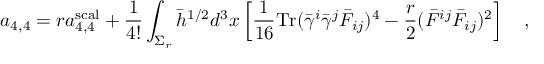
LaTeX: a _ { 4 , 4 } = r a _ { 4 , 4 } ^ { \mathrm { \tiny { s c a l } } } + { \frac { 1 } { 4 ! } } \int _ { \Sigma _ { r } } \bar { h } ^ { 1 / 2 } d ^ { 3 } x \left[ { \frac { 1 } { 1 6 } } \mathrm { T r } ( \bar { \gamma } ^ { i } \bar { \gamma } ^ { j } \bar { F } _ { i j } ) ^ { 4 } - { \frac { r } { 2 } } ( \bar { F } ^ { i j } \bar { F } _ { i j } ) ^ { 2 } \right] ~ ~ ~ ,